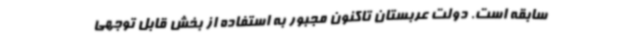
سابقه است. دولت عربستان تاکنون مجبور به استفاده از بخش قابل توجهی